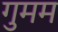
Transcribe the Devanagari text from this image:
गुमम